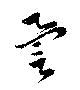
誉